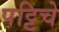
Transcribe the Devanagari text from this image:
पट्टिचे